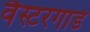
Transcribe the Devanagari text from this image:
वैस्टरगार्ड